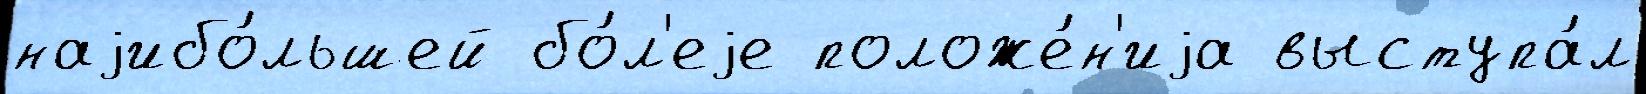
наjибо́льшей бо́л'еjе положе́н'иjа выступа́л